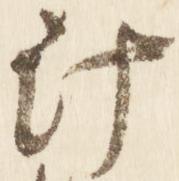
汁